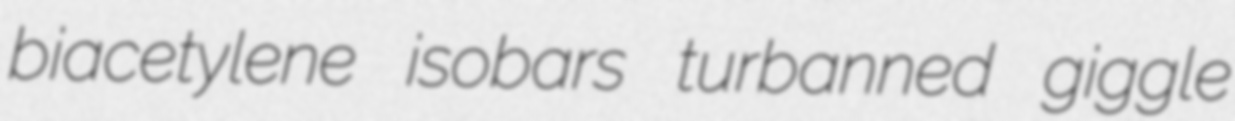
biacetylene isobars turbanned giggle